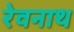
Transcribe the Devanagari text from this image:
रेवनाथ